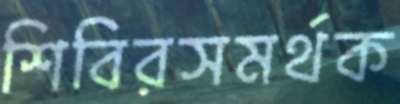
শিবিরসমর্থক